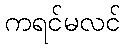
ကရင်မလင်